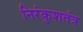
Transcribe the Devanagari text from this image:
निरंकुशतंत्र